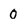
Character: 0